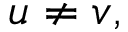
u \ne v ,